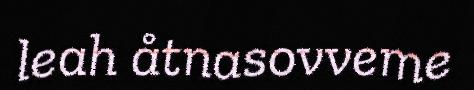
leah åtnasovveme